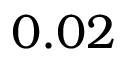
0 . 0 2